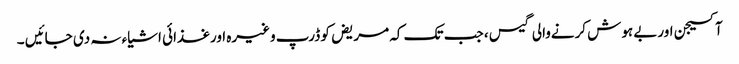
آکسیجن اوربے ہوش کرنےوالی گیس ، جب تک کہ مریض کو ڈرپ وغیرہ اورغذائی اشیاء نہ دی جائیں ۔